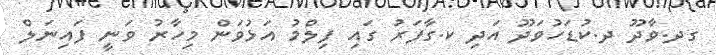
ގދ.ވާދޫ ދ.ކުޑަހުވަދޫ އަދި ކ.ގާފަރު ގައި ފިލްމު އަޅުވަން މިހާރު ވަނީ ފައިނަލް